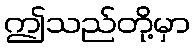
ဤသည်တို့မှာ